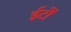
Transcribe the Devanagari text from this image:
ईटोंं